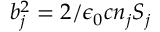
b _ { j } ^ { 2 } = 2 / \epsilon _ { 0 } c n _ { j } S _ { j }